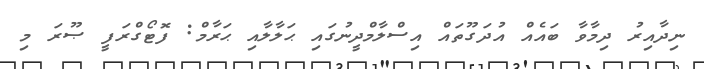
ނިދާއިރު ދިމާވާ ބައެއް އުދަގޫތައް އިސްލާމްދީނުގައި ޙަލާލާއި ޙަރާމް: ފޮޓޯގްރަފީ ޞޫރަ މި